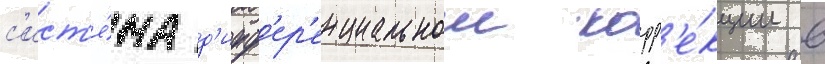
с'ист'е́ма д'ифф'ер'енциальнои корр'е́кции в